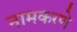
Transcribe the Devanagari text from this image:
नामकरणे